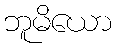
ဘူမိယော